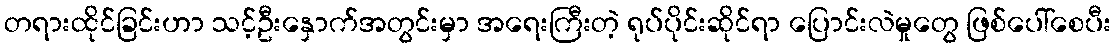
တရားထိုင်ခြင်းဟာ သင့်ဦးနှောက်အတွင်းမှာ အရေးကြီးတဲ့ ရုပ်ပိုင်းဆိုင်ရာ ပြောင်းလဲမှုတွေ ဖြစ်ပေါ်စေပီး